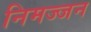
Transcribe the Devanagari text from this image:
निमज्‍जन